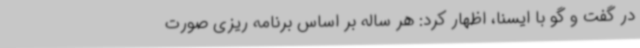
در گفت و گو با ایسنا، اظهار کرد: هر ساله بر اساس برنامه ریزی صورت